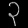
Digit: ၃